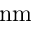
\mathrm { n m }